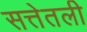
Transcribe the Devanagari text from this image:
सत्तेतली